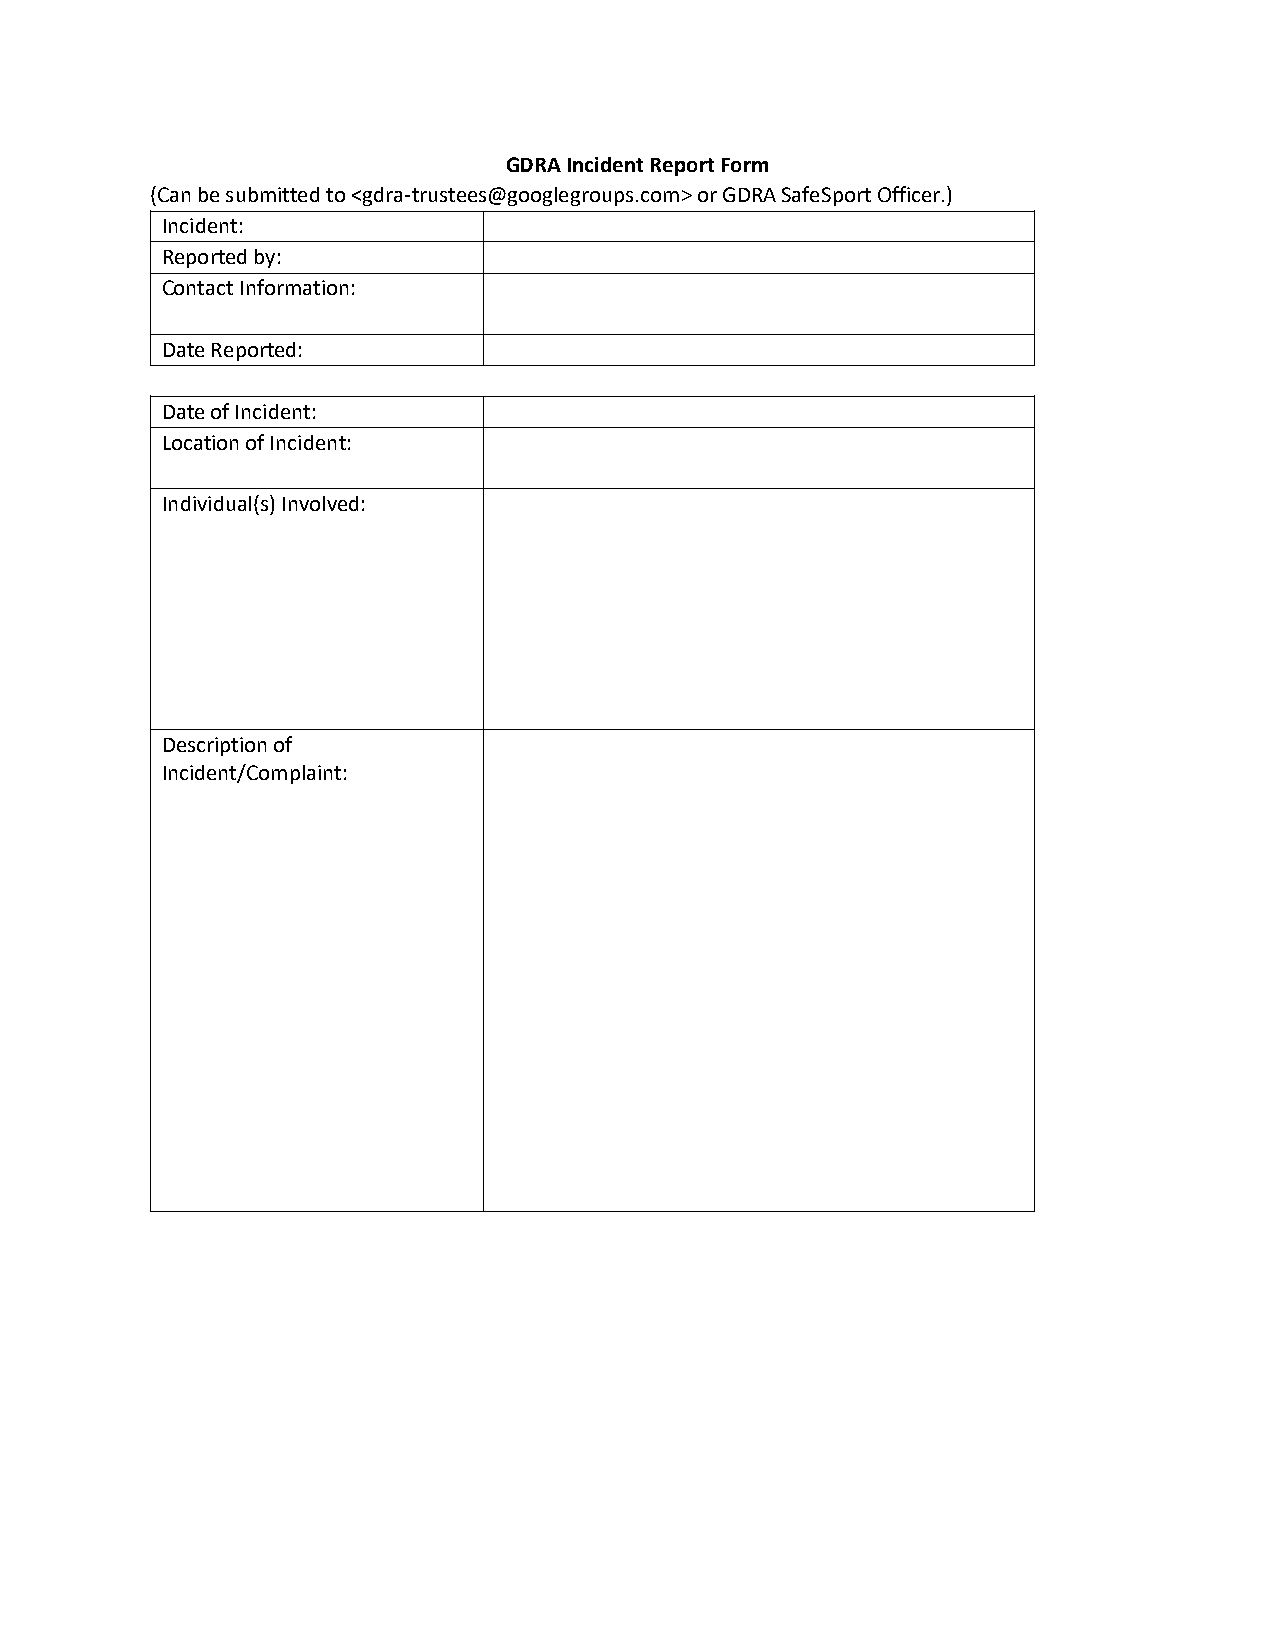
GDRA Incident Report Form
 (Can be submitted to <gdra-trustees@googlegroups.com> or GDRA SafeSport Officer.)
 Incident:
 Reported by:
 Contact Information:
 Date Reported:
 Date of Incident:
 Location of Incident:
 Individual(s) Involved:
 Description of
 Incident/Complaint: